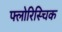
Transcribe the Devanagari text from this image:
फ्लोरिस्चिक